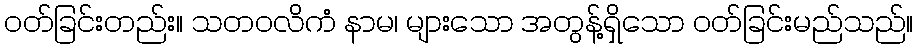
ဝတ်ခြင်းတည်း။ သတဝလိကံ နာမ၊ များသော အတွန့်ရှိသော ဝတ်ခြင်းမည်သည်။